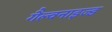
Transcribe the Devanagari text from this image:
गैल्वनाइज्ड